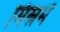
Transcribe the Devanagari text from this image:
मिस्रमें